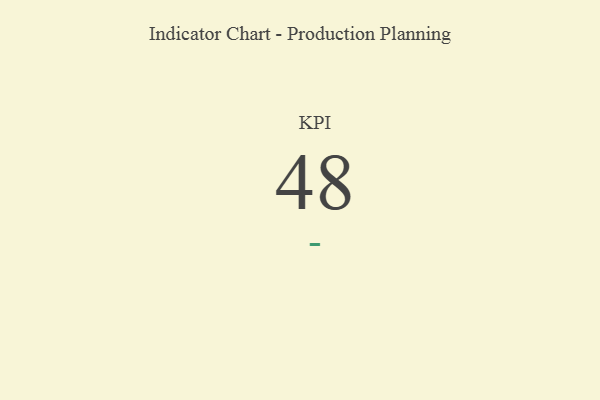
{"axis": {"x": "KPI", "y": "Value"}, "legend": [""], "data": [{"x": "KPI", "y": 48, "type": ""}]}